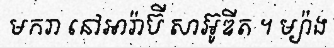
មករា នៅអារ៉ាប៊ី សាអ៊ូឌីត ។ ម្យ៉ាង